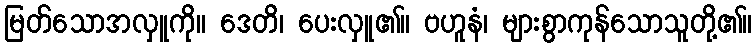
မြတ်သောအလှူကို။ ဒေတိ၊ ပေးလှူ၏။ ဗဟူနံ၊ များစွာကုန်သောသူတို့၏။